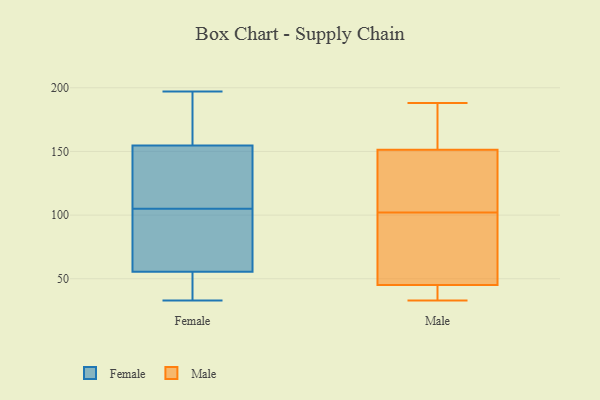
{"axis": {"x": "Gross Profit (USD K)", "y": "Value"}, "legend": ["Female", "Male"], "data": [{"x": "", "y": 48, "type": "Female"}, {"x": "", "y": 153, "type": "Female"}, {"x": "", "y": 33, "type": "Female"}, {"x": "", "y": 196, "type": "Female"}, {"x": "", "y": 107, "type": "Female"}, {"x": "", "y": 72, "type": "Female"}, {"x": "", "y": 44, "type": "Female"}, {"x": "", "y": 58, "type": "Female"}, {"x": "", "y": 197, "type": "Female"}, {"x": "", "y": 105, "type": "Female"}, {"x": "", "y": 61, "type": "Female"}, {"x": "", "y": 160, "type": "Female"}, {"x": "", "y": 116, "type": "Female"}, {"x": "", "y": 33, "type": "Male"}, {"x": "", "y": 43, "type": "Male"}, {"x": "", "y": 101, "type": "Male"}, {"x": "", "y": 37, "type": "Male"}, {"x": "", "y": 146, "type": "Male"}, {"x": "", "y": 158, "type": "Male"}, {"x": "", "y": 102, "type": "Male"}, {"x": "", "y": 48, "type": "Male"}, {"x": "", "y": 137, "type": "Male"}, {"x": "", "y": 44, "type": "Male"}, {"x": "", "y": 153, "type": "Male"}, {"x": "", "y": 87, "type": "Male"}, {"x": "", "y": 159, "type": "Male"}, {"x": "", "y": 113, "type": "Male"}, {"x": "", "y": 188, "type": "Male"}]}